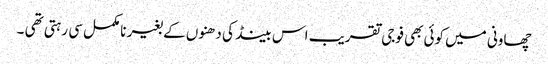
چھاونی میں کوئی بھی فوجی تقریب اس بینڈ کی دھنوں کے بغیر نامکمل سی رہتی تھی ۔